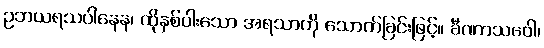
ဥဘယရသပါနေန၊ ထိုနှစ်ပါးသော အရသာကို သောက်ခြင်းဖြင့်။ ခီဏာသဝေါ၊